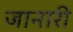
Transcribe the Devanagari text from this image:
जानारी